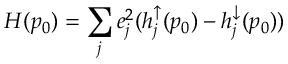
H ( p _ { 0 } ) = \sum _ { j } e _ { j } ^ { 2 } ( h _ { j } ^ { \uparrow } ( p _ { 0 } ) - h _ { j } ^ { \downarrow } ( p _ { 0 } ) )